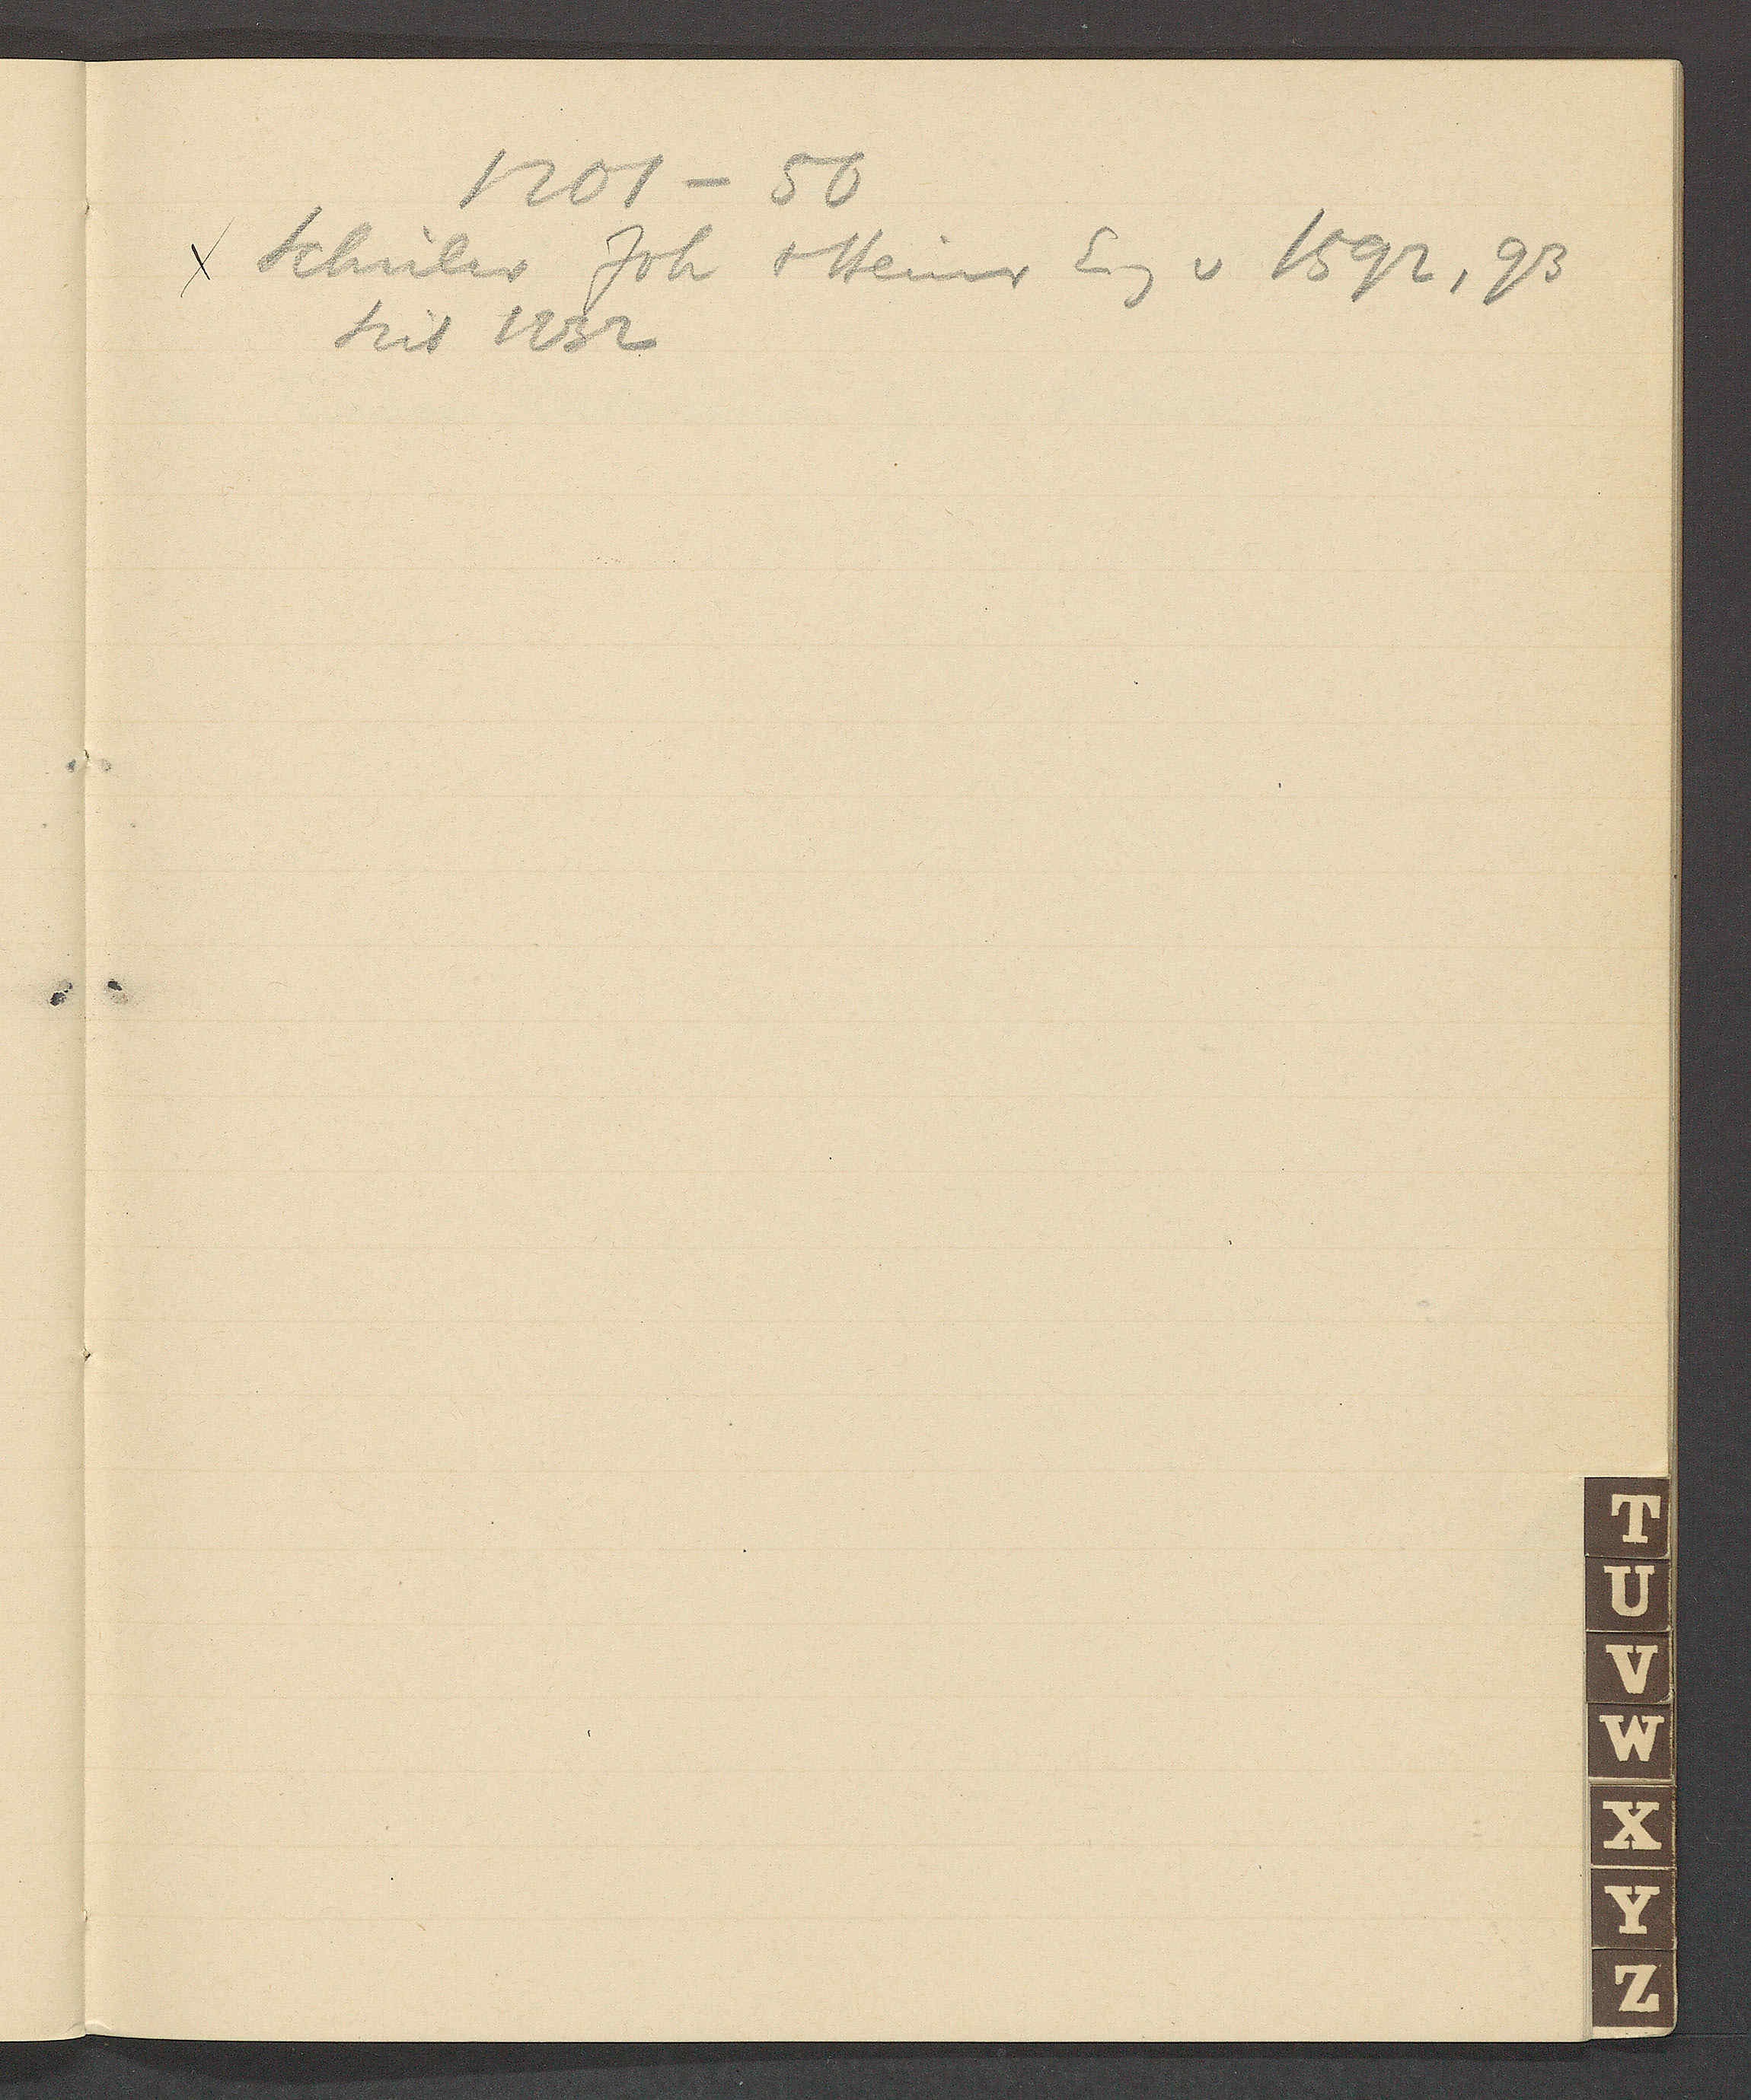
Transcript:
1201 – 50
Schüler Joh + Heinr Eig v 1592, 93
seit 1232